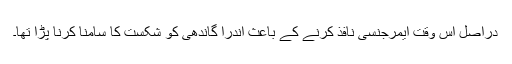
دراصل اس وقت ایمرجنسی نافذ کرنے کے باعث اندرا گاندھی کو شکست کا سامنا کرنا پڑا تھا۔